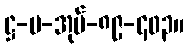
ဋ္ဌ-ပ-အုပ်-၈၉-၄၀၃။